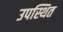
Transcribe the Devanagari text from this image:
उपस्थित